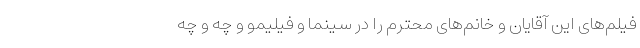
فیلم‌های این آقایان و خانم‌های محترم را در سینما و فیلیمو و چه و چه